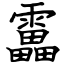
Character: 靁